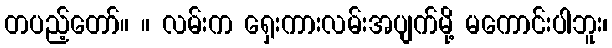
တပည့်တော်။ ။ လမ်းက ရှေးကားလမ်းအပျက်မို့ မကောင်းပါဘူး၊